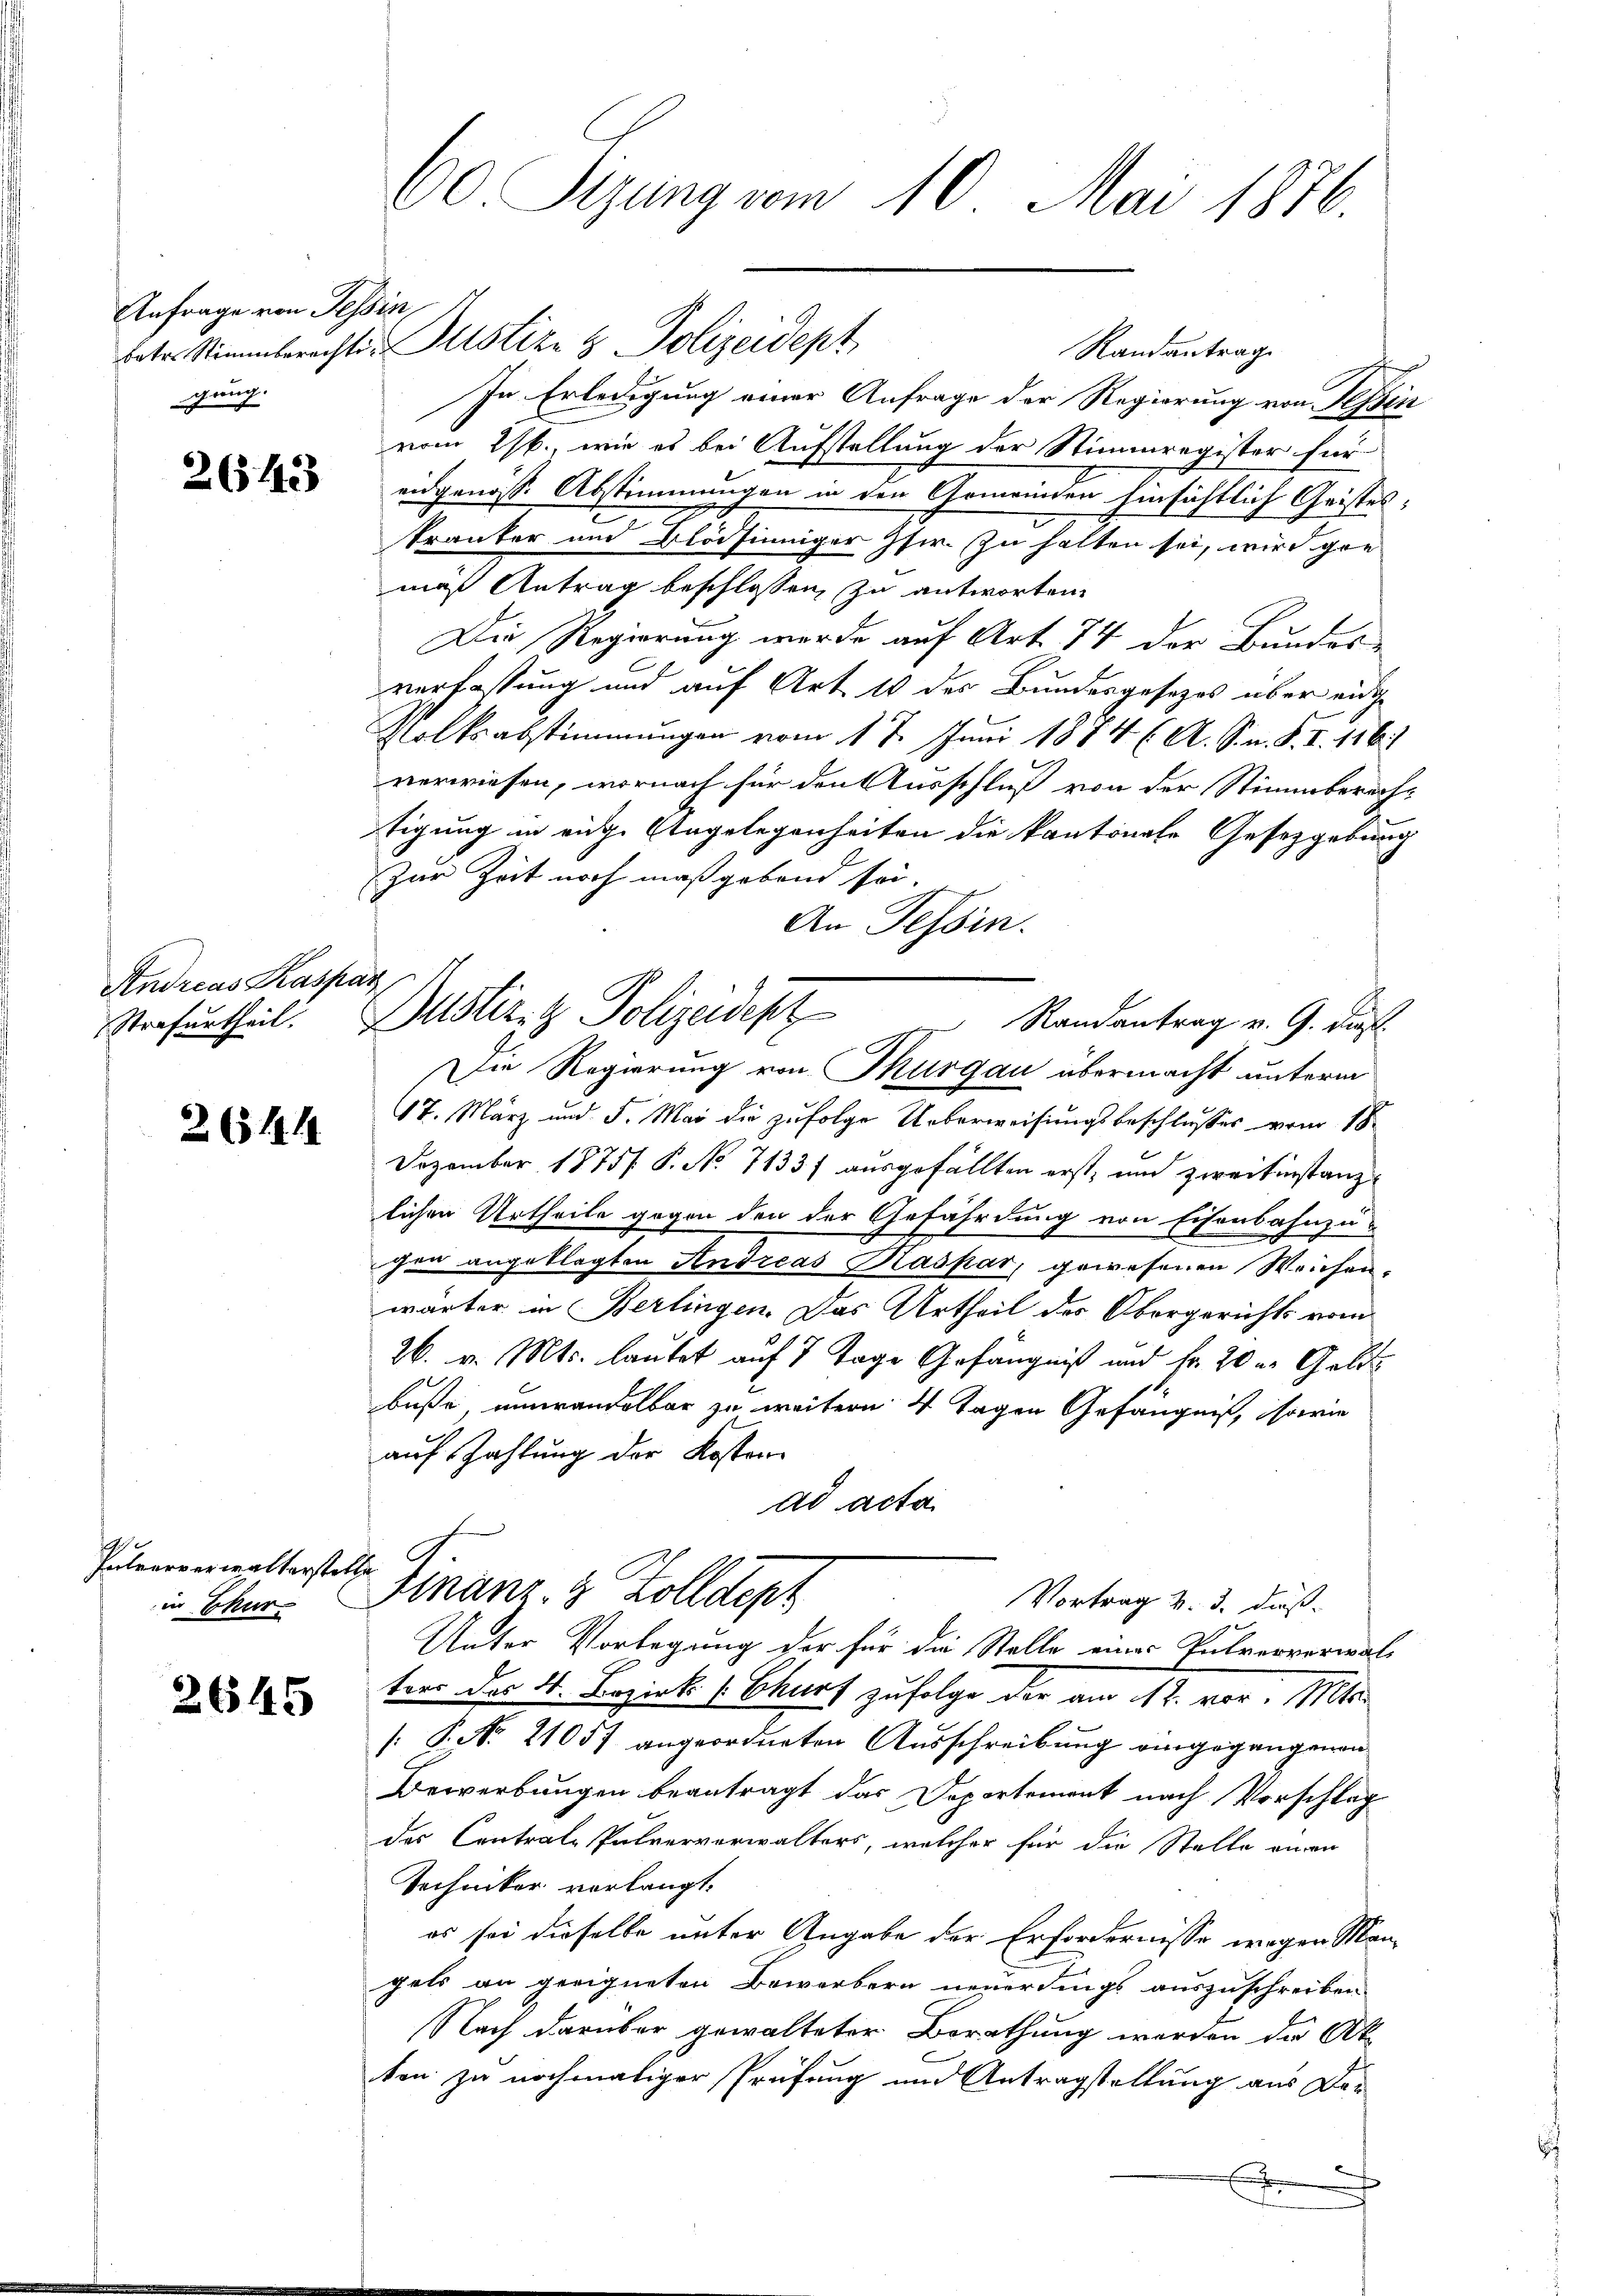
Anfrage von Tessin
gung.

2643

Andreas Kasparz

2651419

Interverwalterstelle.
in Thur

2645

60 Seung vom 10. Mai 1876.

In Erledigung einer Anfrage der Regierung von Tessin
vom 1st., wie es bei Aufstellung der Stimmregister für
eidgenösse Abstimmungen in den Gemeinden hinsichtlich Geistesa
tränker und Bläsinniger Pfr. zu halten sei, wird gen
mäß Antrag beschlossen, zu antworten.
Die Regierung werde auf Art. 74 der Bundesverfassung und auf Art 10 des Bundesgesetzes über eine
Volksabstimmungen vom 17. Juni 1874 (A. S. n. F. II. 1861
verwiesen, wornach für den Ausschluß von der Stimmberecht
tigung in eige Angelegenheiten die kantonale Gesetzgebung
Zur Zeit noch maßgebend sei.
An Tessin.
Die Regierung von Thurgau übermacht unterm
17. März und 5. Mai die zufolge Ueberweisungsbeschlußes vom 18.
Dezember 1875 P. No 7133) ausgefällten erst, und zweitinstanzlichen Urtheile gegen den der Gefährdung von Eisenbahnzu-
.
chen angeklagten Andreas Kaspar, gewesenen Weichen,
wärter in Berlingen. Das Urtheil des Obergerichts vom
26. v. Mts. lautet auf 7 Tage Gefängniß und Fr. 20 u. Geld
buße unwandelbar zu weitern 4 Tagen Gefängniß, sowie
auf Zahlung der Kosten
ad acta
Finanz- & Zolldept
Vortrag v. 3. daß
Unter Vorlegung der für die Stelle eines Pulververwal-
ter der 4. Bezirk (Chart zufolge der am 12. vor. Mts.
[: P. Nr. 21057 angeordneten Ausschreibung eingegangenen
Bewerbungen beantragt das Departement nach Vorschlag
des Contral-Pulververwalters, welcher für die Stelle einer
Techniker verlangt.
es sei dieselbe unter Angabe der Erfordernisse wegen Mangels an geeigneten Bewerbern neuerdings auszuschreiben
Nach darüber gewalteter Berathung worden der Ak
ten zu nochmaliger Prüfung und Antragstellung aus Dex

betr. Stimmberechter Justiz & Polizeidept

Strafurtheil. Justiz- & Polizeidept

Randantrag

Randantrag v. 9. dies